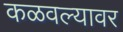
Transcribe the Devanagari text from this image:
कळवल्यावर